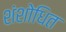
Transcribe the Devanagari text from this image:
शंशोधित